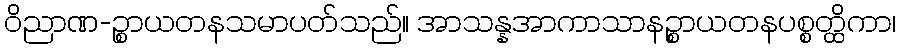
ဝိညာဏ-ဉ္စာယတနသမာပတ်သည်။ အာသန္နအာကာသာနဉ္စာယတနပစ္စတ္ထိကာ၊